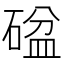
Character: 𥔞